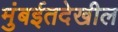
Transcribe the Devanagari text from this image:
मुंबईतदेखील